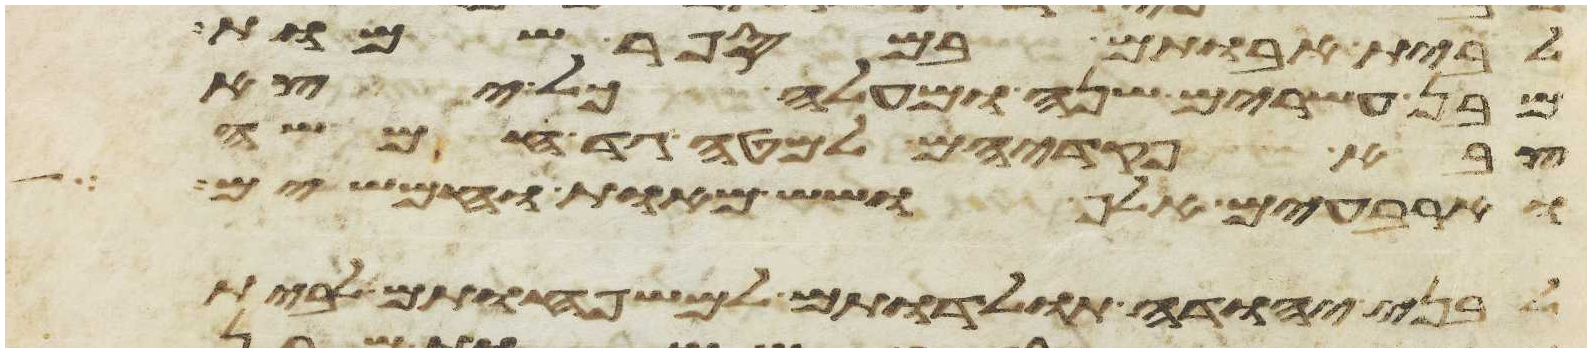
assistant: לבית אבותם במספר שמות
מבן עשרים שנה ומעלה כל יצא
צבא פקדיהם למטה גד חמשה
וארבעים אלף ושש מאות וחמשים
לבני יהודה תולדתם למשפחותם לבית